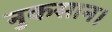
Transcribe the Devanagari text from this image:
नुकसान।